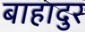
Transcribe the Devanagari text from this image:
बाहादुर